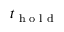
t _ { \textrm { h o l d } }